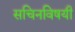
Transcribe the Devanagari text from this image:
सचिनविषयी